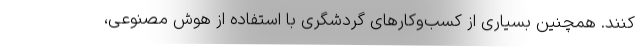
کنند. همچنین بسیاری از کسب‌وکارهای گردشگری با استفاده از هوش مصنوعی،